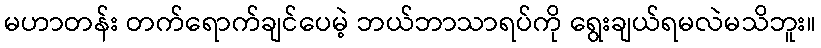
မဟာတန်း တက်ရောက်ချင်ပေမဲ့ ဘယ်ဘာသာရပ်ကို ရွေးချယ်ရမလဲမသိဘူး။